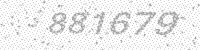
Solution: 881679